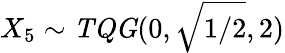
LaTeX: X_{5}\sim\mathit{TQG}(0,\sqrt{{1}/{2}},2)